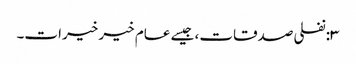
٣:نفلی صدقات، جیسے عام خیر خیرات۔